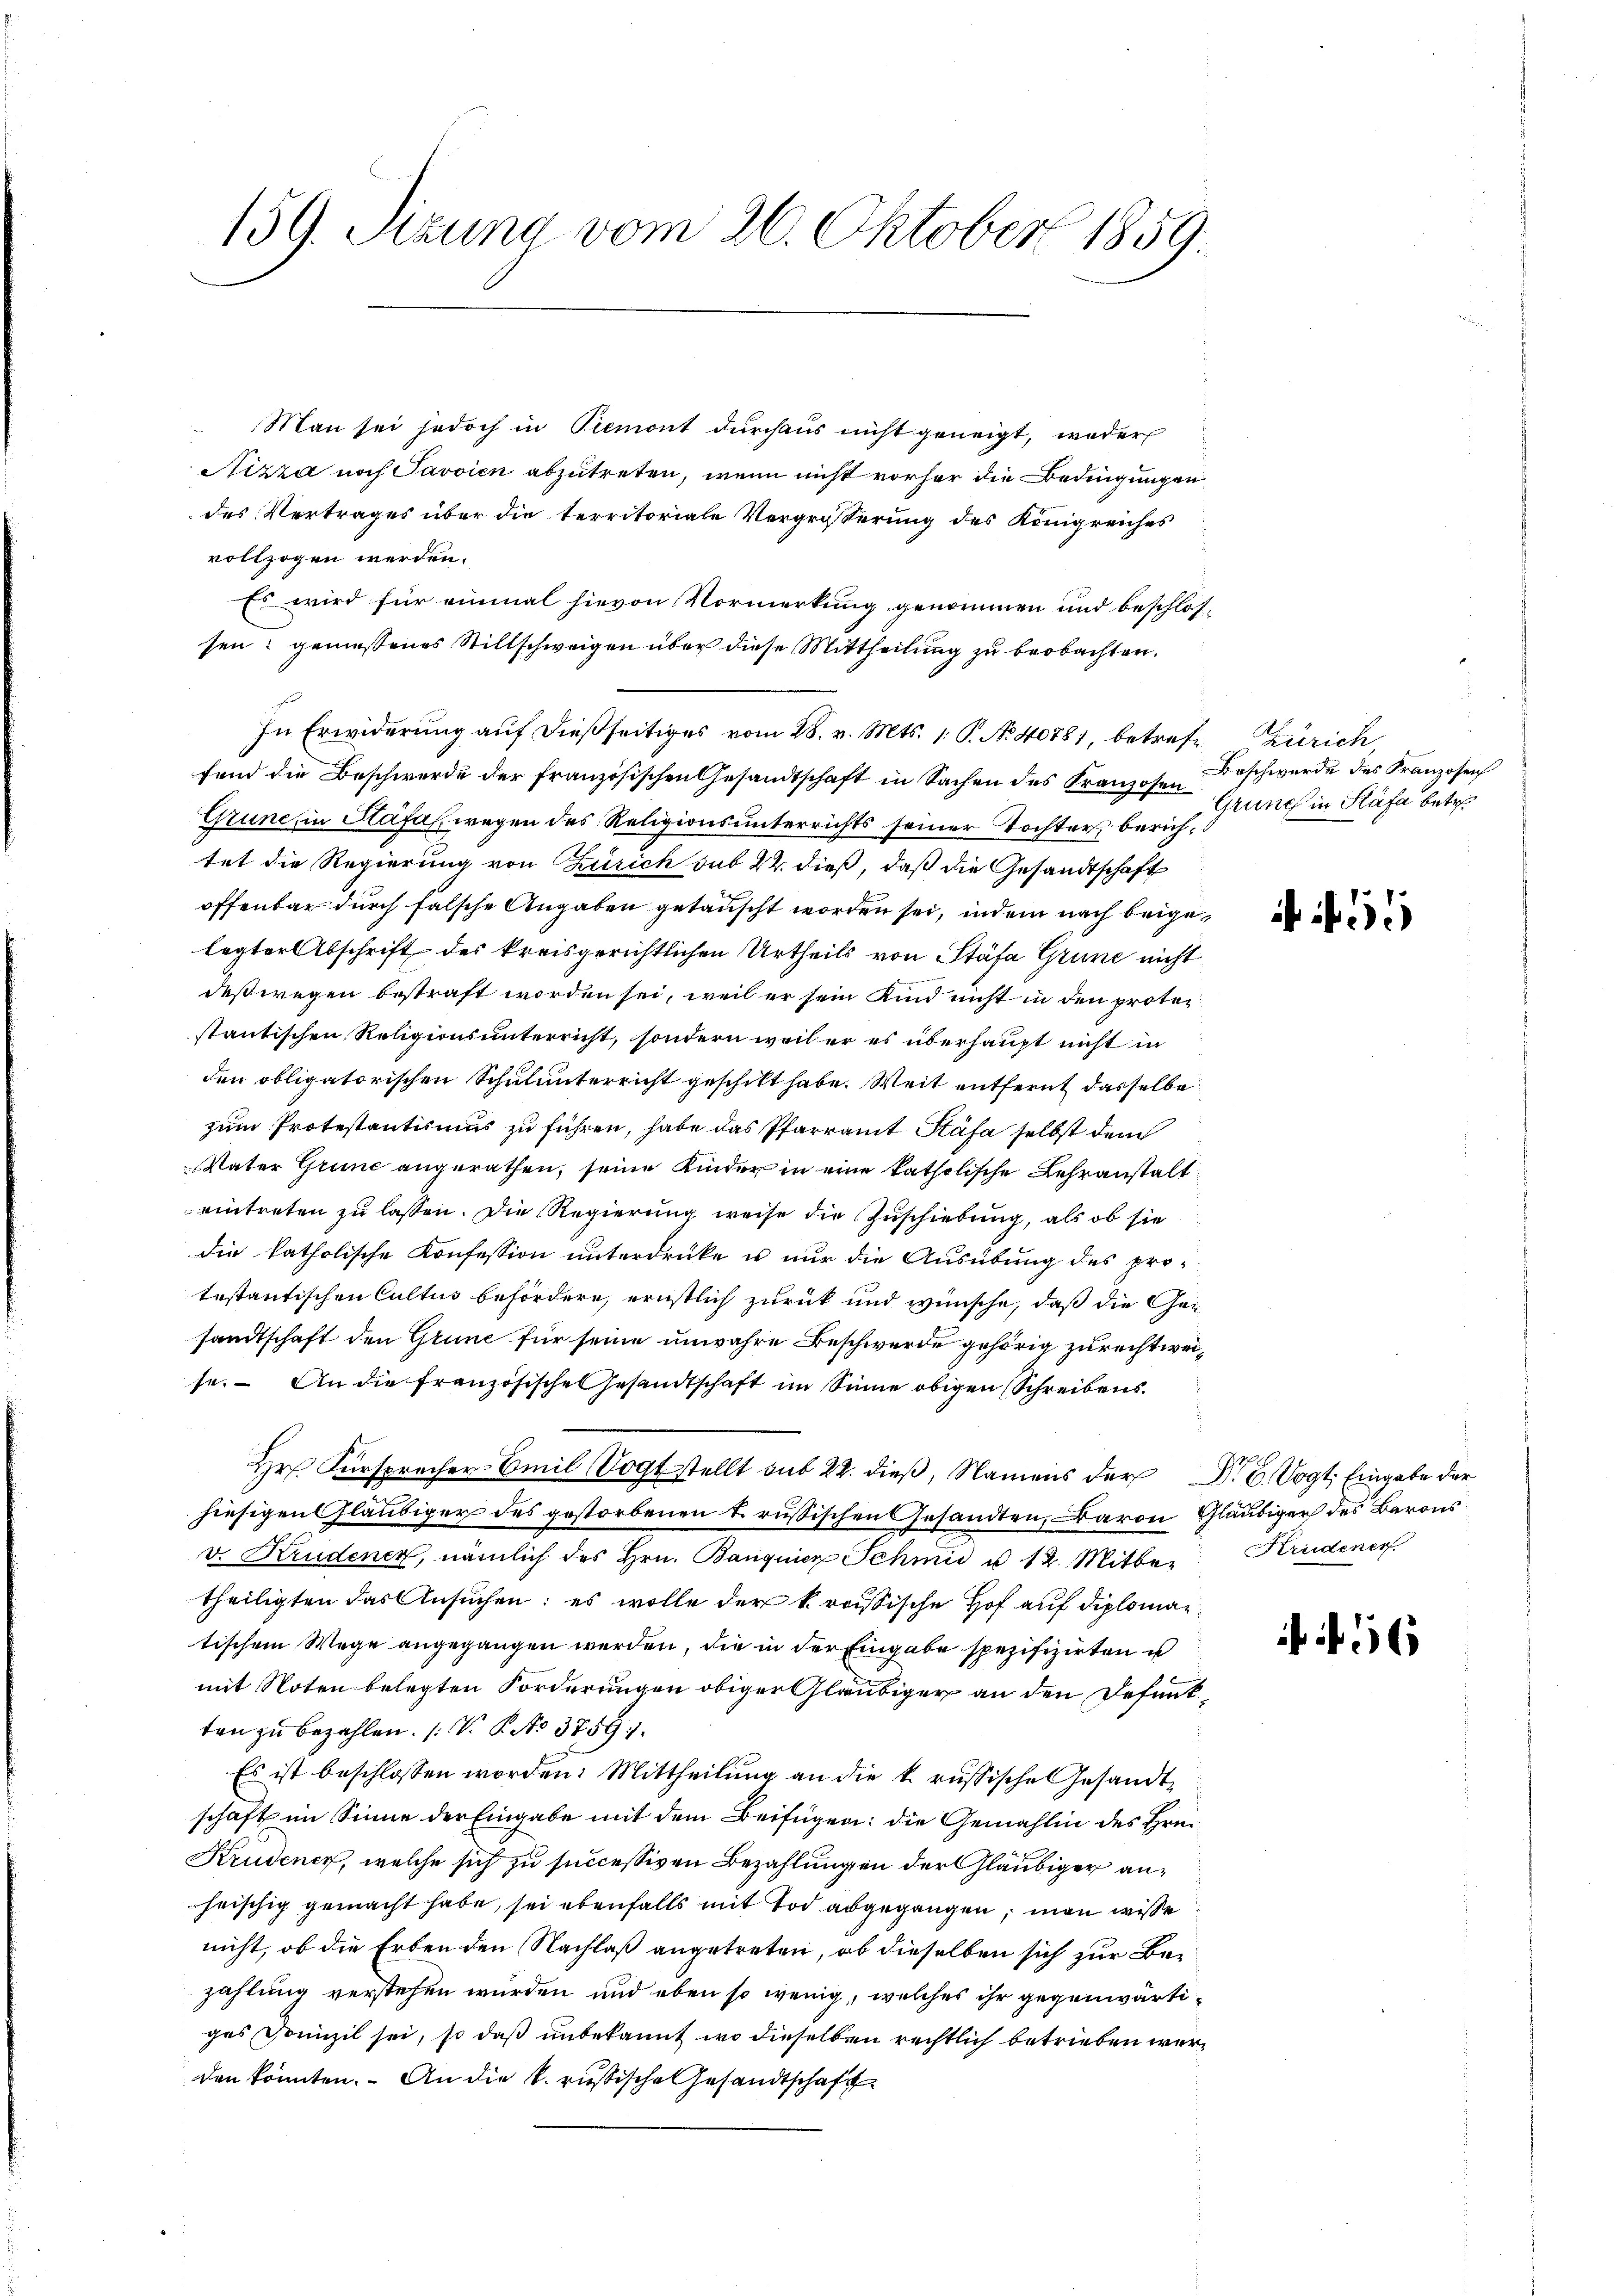
159. Sitzung vom 26. Oktober 1859.

Man sei jedoch in Piemont durchaus nicht geneigt, weder
Nizza noch Javoien abzutreten, wenn nicht vorher die Bedingungen
des Vertrages über die territoriale Vergrösserung des Königreiches
vollzogen werden.
Es wird für einmal hievon Vormerkung genommen und beschlos-
sen gemessenes Stillschweigen über diese Mittheilung zu beobachten.
In Erwiderung auf dießseitiges vom 28. v. Mts. 1. P. No 40781, betref- Zürich,
fend die Beschwerde der französischen Gesandtschaft in Sachen des Kranzosen
Grune, in Stäfa wegen des Religionsunterrichts seiner Tochter berichtet die Regierung von Zürich sub 22. dieß, daß die Gesandtschaft
offenbar durch falsche Angaben getauscht worden sei, indem nach beigelegter Abschrift des kreisgerichtlichen Urtheils von Stäfa Grune nicht
deßwegen bestraft worden sei, weil er sein Kind nicht in den proto
stantischen Religionsunterricht, sondern weil er es überhaupt nicht in
den obligatorischen Schulunterricht geschickt habe. Weit entfernt dasselbe
zum Protestantismus zu führen, habe das Pfarramt Stäfa selbst dem
Vater Grund angerathen, seine Kinder in eine katholische Lehranstalt
eintreten zu lassen. Die Regierung weise die Zuschiebung, als ob sie
die katholische Konfession unterdrücke es nur die Ausübung des protestantischen Cultus befördern, ernstlich zurück und wünsche, daß die Gesandtschaft den Grund für seine unwahre Beschwerde gehörig zurechtweise. An die französische Gesandtschaft im Sinne obigen Schreibens
Hr. Fürsprecher Emil Vogtstellt sub 22. dieβ, Namens der Dr. C. Vogt. Eingabe der
hiesigen Gläubiger des gestorbenen k. russischen Gesandten, Baron Gläubiger des Barons
v. Krudener, nämlich des Hrn. Banquier Schmid u 12. Mitber
theiligten das Ansuchen; es wolle der krassische Hof auf diplomartischem Wege angegangen werden, die in der Eingabe spezifizirten is
mit Noten belegten Forderungen obiger Gläubiger an den Defenkten zu bezahlen. (V. P. No 37591.
Es ist beschlossen worden: Mittheilung an die k. russische Gesandtschaft im Sinne der Eingabe mit dem Beifügen: die Gemahlin des Hrn.
Krudener, welche sich zu successiven Bezahlung in der Gläubiger anheischig gemacht habe, sei ebenfalls mit Tod abgegangen, man wisse
nicht, ob die Erben den Nachlaß angetreten, ob dieselben sich zur Bezahlung verstehen wurden und eben so wenig, welches ihr gegenwärtiges Domizil sei, so daß unbekannt wo dieselben rechtlich betrieben werden könnten. An die k. russische Gesandtschaft

Beschwerde des Franzosenf
Grund in Stäfa betr

55

Krudener.

6